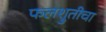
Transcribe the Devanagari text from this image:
फलश्रुतीचा